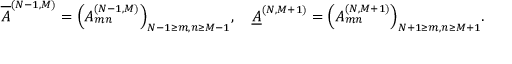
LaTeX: \overline { { { A } } } ^ { ( N - 1 , M ) } = \Bigl ( A _ { m n } ^ { ( N - 1 , M ) } \Bigr ) _ { N - 1 \ge m , n \ge M - 1 } , \quad \underline { { { A } } } ^ { ( N , M + 1 ) } = \Bigl ( A _ { m n } ^ { ( N , M + 1 ) } \Bigr ) _ { N + 1 \ge m , n \ge M + 1 } .